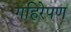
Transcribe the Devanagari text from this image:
गहिरेपण